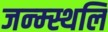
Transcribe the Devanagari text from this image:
जन्म्स्थलि